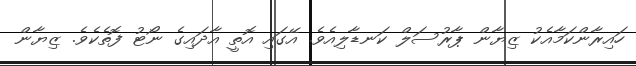
ހައިރާންކަމާއެކު ޒިޔާން ޕާރުސަލް ކަނޑާލިއެވެ. އޭގައި އޮތީ އާދައިގެ ނޯޓު ފޮތެކެވެ. ޒިޔާން